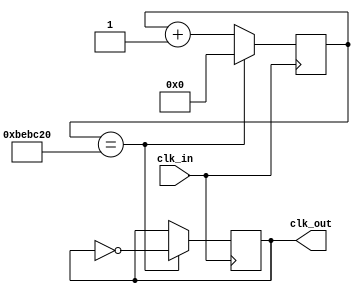
module Show_Clock_100Hz (
    input clk_in,
    output clk_out
);
    
    reg [25:0] count = 0;
    reg clk_out;

    always @(posedge clk_in) begin
        count <= count + 1;
        if (count == 12_500_000) begin
            count <= 0;
            clk_out = ~clk_out;
        end
    end
    
endmodule